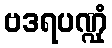
ဗဒရပဏ္ဍုံ